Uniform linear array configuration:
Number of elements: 4
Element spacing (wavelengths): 1
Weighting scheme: hann
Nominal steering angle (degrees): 0
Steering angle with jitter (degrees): -1.907
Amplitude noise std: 0.05
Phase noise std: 0.05

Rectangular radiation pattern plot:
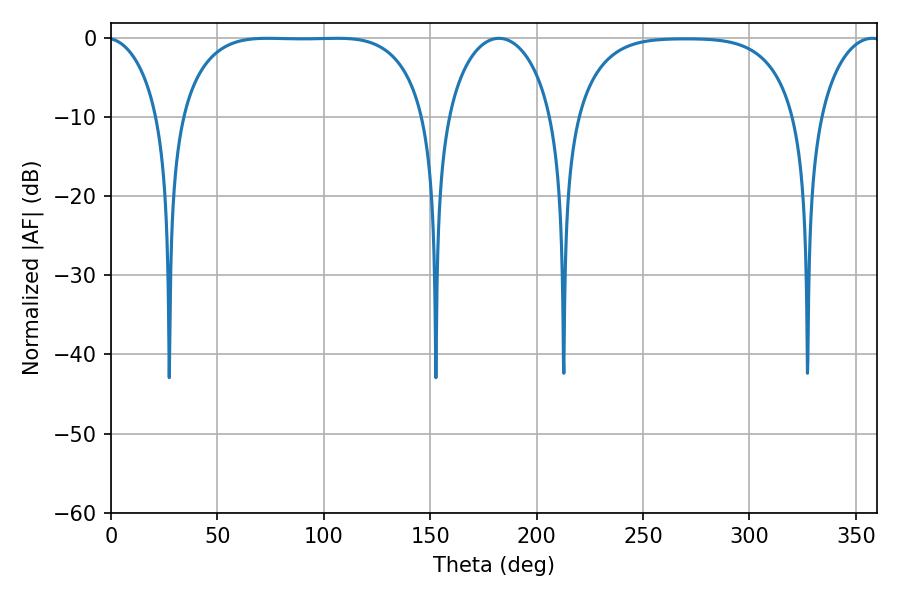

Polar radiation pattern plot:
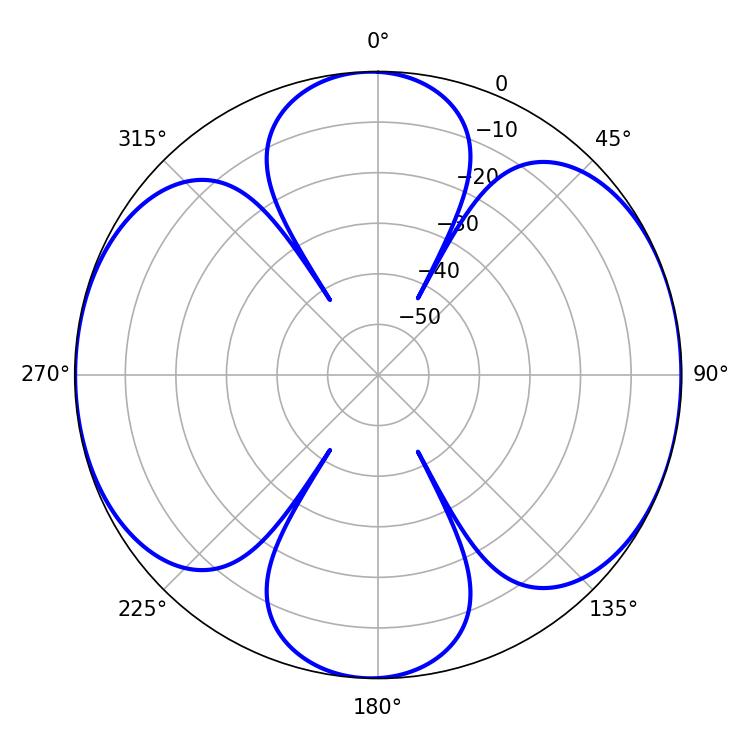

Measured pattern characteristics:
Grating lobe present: TRUE
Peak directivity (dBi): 10.783
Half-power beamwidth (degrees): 89.28
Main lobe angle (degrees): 73.62